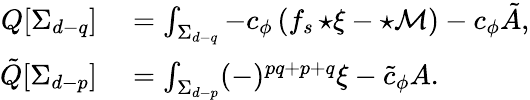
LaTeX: \begin{array}{rl}{Q[\Sigma_{d-q}]}&{{}=\int_{\Sigma_{d-q}}-c_{\phi}\left(f_{s}\, {\star\xi}-{\star\cal M}\right)-c_{\phi}\tilde{A},}\\ {\tilde{Q}[\Sigma_{d-p}]}&{{}=\int_{\Sigma_{d-p}}(-)^{pq+p+q}\xi-\tilde{c}_{\phi}A.}\end{array}